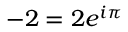
- 2 = 2 e ^ { i \pi }